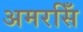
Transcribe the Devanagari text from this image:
अमरसिँ